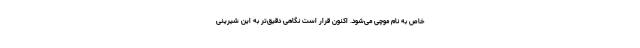
خاص به نام موچی می‌شود. اکنون قرار است نگاهی دقیق‌تر به این شیرینی